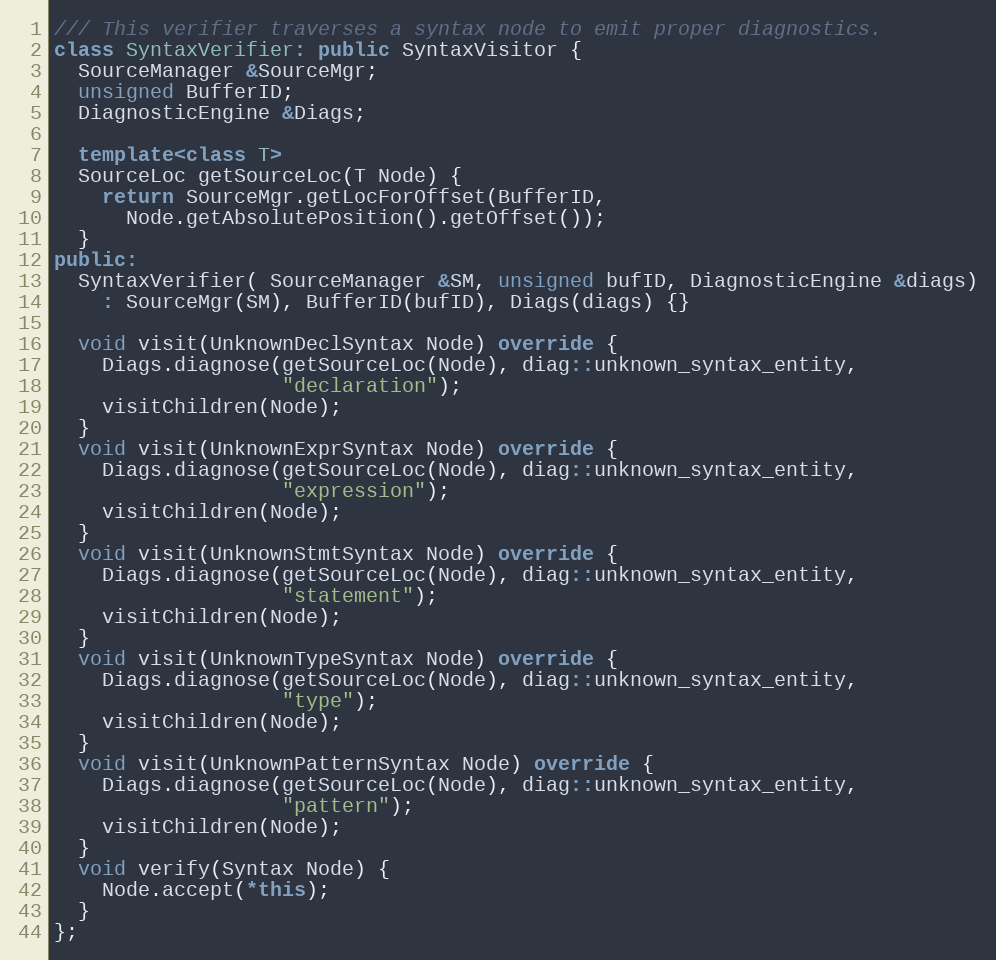
Language: C++
/// This verifier traverses a syntax node to emit proper diagnostics.
class SyntaxVerifier: public SyntaxVisitor {
  SourceManager &SourceMgr;
  unsigned BufferID;
  DiagnosticEngine &Diags;

  template<class T>
  SourceLoc getSourceLoc(T Node) {
    return SourceMgr.getLocForOffset(BufferID,
      Node.getAbsolutePosition().getOffset());
  }
public:
  SyntaxVerifier( SourceManager &SM, unsigned bufID, DiagnosticEngine &diags)
    : SourceMgr(SM), BufferID(bufID), Diags(diags) {}

  void visit(UnknownDeclSyntax Node) override {
    Diags.diagnose(getSourceLoc(Node), diag::unknown_syntax_entity,
                   "declaration");
    visitChildren(Node);
  }
  void visit(UnknownExprSyntax Node) override {
    Diags.diagnose(getSourceLoc(Node), diag::unknown_syntax_entity,
                   "expression");
    visitChildren(Node);
  }
  void visit(UnknownStmtSyntax Node) override {
    Diags.diagnose(getSourceLoc(Node), diag::unknown_syntax_entity,
                   "statement");
    visitChildren(Node);
  }
  void visit(UnknownTypeSyntax Node) override {
    Diags.diagnose(getSourceLoc(Node), diag::unknown_syntax_entity,
                   "type");
    visitChildren(Node);
  }
  void visit(UnknownPatternSyntax Node) override {
    Diags.diagnose(getSourceLoc(Node), diag::unknown_syntax_entity,
                   "pattern");
    visitChildren(Node);
  }
  void verify(Syntax Node) {
    Node.accept(*this);
  }
};